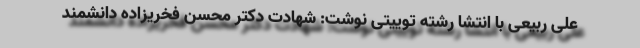
علی ربیعی با انتشا رشته توییتی نوشت: شهادت دکتر محسن فخریزاده دانشمند